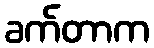
ခက်တာက